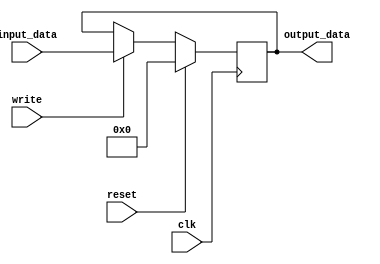
`timescale 1ns / 1ps
//////////////////////////////////////////////////////////////////////////////////
// Company: 
// Engineer: 
// 
// Design Name: 
// Module Name:    holding_reg 
// Project Name: 
// Target Devices: 
// Tool versions: 
// Description: 
//
// Dependencies: 
//
// Revision: 
// Revision 0.01 - File Created
// Additional Comments: 
//
//////////////////////////////////////////////////////////////////////////////////

// Registers for PC, IR, A, B, ALUOut
module holding_reg(output_data, input_data, write, clk, reset);

// data size
parameter word_size = 32;

// inputs
input [word_size-1:0] input_data;
input	write, clk, reset;

// outputs
output [word_size-1:0] output_data;

// Register content and output assignment
reg [word_size-1:0] content;
assign output_data = content;

// update regisiter contents
always @(posedge clk) begin
	if (reset) begin
		content <= 0;
	end
	else if (write) begin
		content <= input_data;
	end
end

endmodule